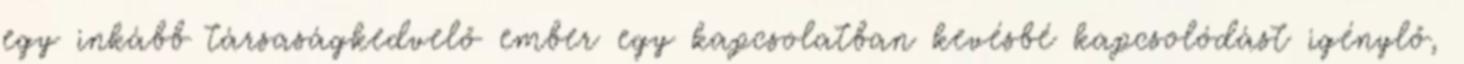
egy inkább társaságkedvelő ember egy kapcsolatban kevésbé kapcsolódást igénylő,